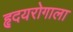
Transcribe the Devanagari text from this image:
हृदयरोगाला